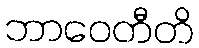
ဘာဝေတီတိ